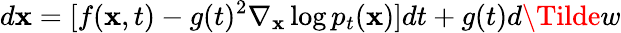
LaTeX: d\mathbf{x}=[f(\mathbf{x},t)-g(t)^{2}\nabla_{\mathbf{x}}\log p_{t}(\mathbf{x})]dt+g(t)d\Tilde{w}